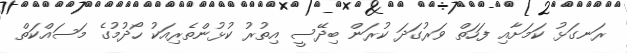
ރަނގަޅު ކަމަށާއި ފަހަތް ވަރުގަދަ ކުރަން ބިދޭސީ އިތުރު ކުޅުންތެރިއަކު ހޯދުމުގެ މަސައްކަތް